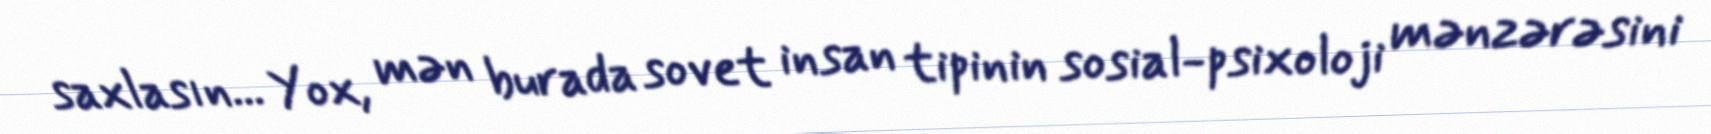
saxlasın... Yox, mən burada sovet insan tipinin sosial-psixoloji mənzərəsini